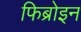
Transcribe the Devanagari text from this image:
फिब्रोइन